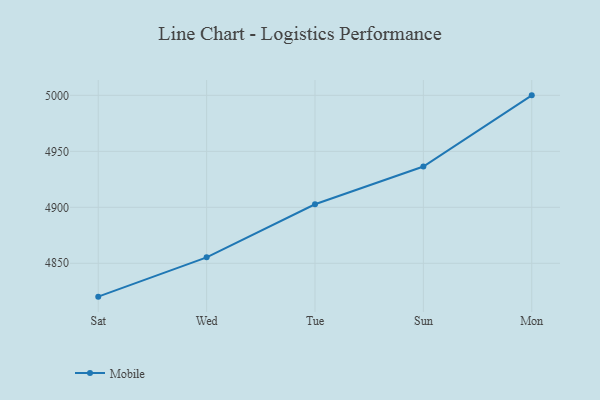
{"axis": {"x": "Day", "y": "Satisfaction Score"}, "legend": ["Mobile"], "data": [{"x": "Sat", "y": 4820.2, "type": "Mobile"}, {"x": "Wed", "y": 4855.3, "type": "Mobile"}, {"x": "Tue", "y": 4902.7, "type": "Mobile"}, {"x": "Sun", "y": 4936.4, "type": "Mobile"}, {"x": "Mon", "y": 5000, "type": "Mobile"}]}